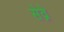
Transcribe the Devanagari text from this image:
सेव्रे